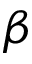
\beta